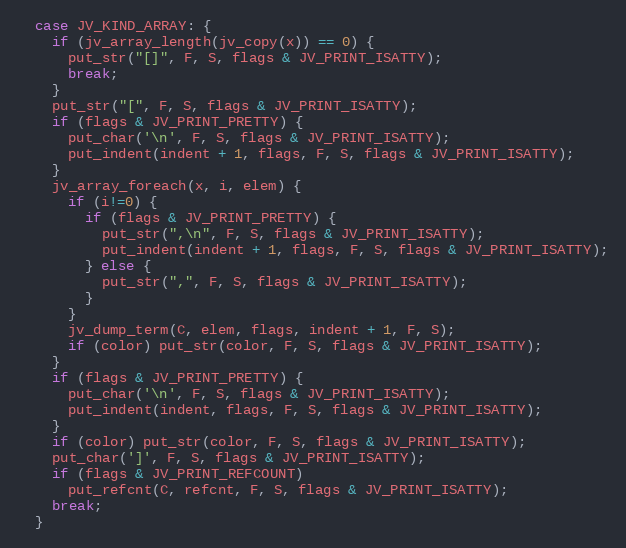
Language: C
  case JV_KIND_ARRAY: {
    if (jv_array_length(jv_copy(x)) == 0) {
      put_str("[]", F, S, flags & JV_PRINT_ISATTY);
      break;
    }
    put_str("[", F, S, flags & JV_PRINT_ISATTY);
    if (flags & JV_PRINT_PRETTY) {
      put_char('\n', F, S, flags & JV_PRINT_ISATTY);
      put_indent(indent + 1, flags, F, S, flags & JV_PRINT_ISATTY);
    }
    jv_array_foreach(x, i, elem) {
      if (i!=0) {
        if (flags & JV_PRINT_PRETTY) {
          put_str(",\n", F, S, flags & JV_PRINT_ISATTY);
          put_indent(indent + 1, flags, F, S, flags & JV_PRINT_ISATTY);
        } else {
          put_str(",", F, S, flags & JV_PRINT_ISATTY);
        }
      }
      jv_dump_term(C, elem, flags, indent + 1, F, S);
      if (color) put_str(color, F, S, flags & JV_PRINT_ISATTY);
    }
    if (flags & JV_PRINT_PRETTY) {
      put_char('\n', F, S, flags & JV_PRINT_ISATTY);
      put_indent(indent, flags, F, S, flags & JV_PRINT_ISATTY);
    }
    if (color) put_str(color, F, S, flags & JV_PRINT_ISATTY);
    put_char(']', F, S, flags & JV_PRINT_ISATTY);
    if (flags & JV_PRINT_REFCOUNT)
      put_refcnt(C, refcnt, F, S, flags & JV_PRINT_ISATTY);
    break;
  }